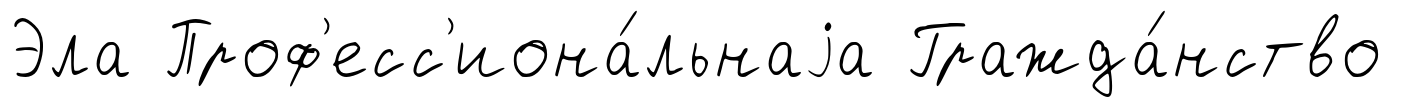
Эла Проф'есс'иона́льнаjа Гражда́нство